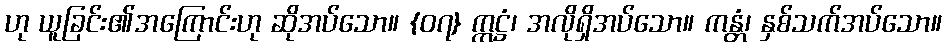
ဟု ယူခြင်း၏အကြောင်းဟု ဆိုအပ်သော။ {၀၇} ဣဋ္ဌံ၊ အလိုရှိအပ်သော။ ကန္တံ၊ နှစ်သက်အပ်သော။